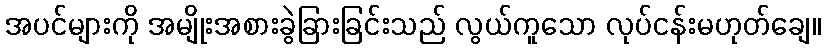
အပင်များကို အမျိုးအစားခွဲခြားခြင်းသည် လွယ်ကူသော လုပ်ငန်းမဟုတ်ချေ။